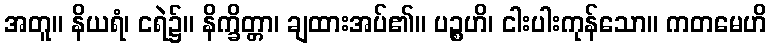
အတူ။ နိယရံ၊ ငရဲ၌။ နိက္ခိတ္တာ၊ ချထားအပ်၏။ ပဉ္စဟိ၊ ငါးပါးကုန်သော။ ကတမေဟိ